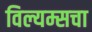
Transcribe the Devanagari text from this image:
विल्यम्सचा